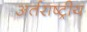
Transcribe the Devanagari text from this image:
अर्तराष्ट्रीय